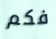
فكم